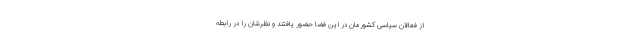
از فعالان سیاسی کشورمان در این فضا حضور یافتند و نظرشان را در رابطه